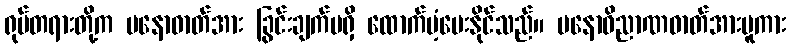
ရုပ်တရားတို့က မနောဓာတ်အား ခြွင်းချက်မရှိ ထောက်ပံ့ပေးနိုင်သည်။ မနောဝိညာဏဓာတ်အားမူကား